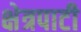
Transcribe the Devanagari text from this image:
क्षेत्रपाटी